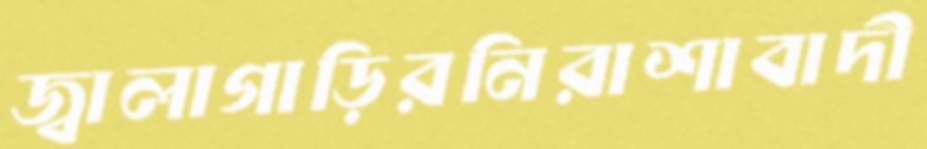
জ্বালাগাড়িরনিরাশাবাদী